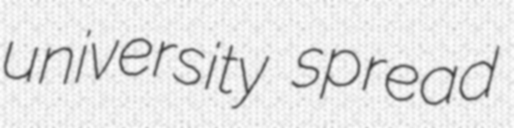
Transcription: university spread